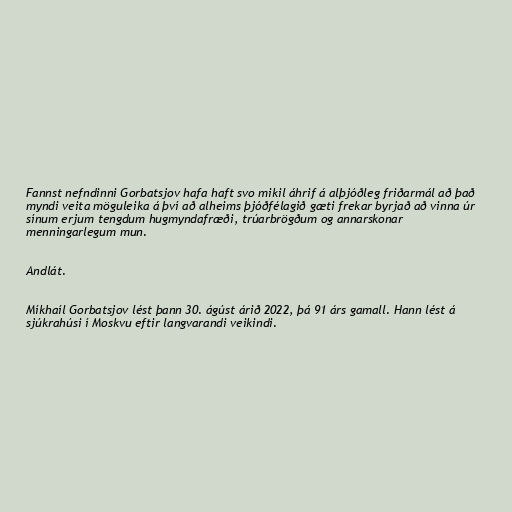
Fannst nefndinni Gorbatsjov hafa haft svo mikil áhrif á alþjóðleg friðarmál að það
myndi veita möguleika á því að alheims þjóðfélagið gæti frekar byrjað að vinna úr
sínum erjum tengdum hugmyndafræði, trúarbrögðum og annarskonar
menningarlegum mun.

Andlát.

Míkhaíl Gorbatsjov lést þann 30. ágúst árið 2022, þá 91 árs gamall. Hann lést á
sjúkrahúsi í Moskvu eftir langvarandi veikindi.